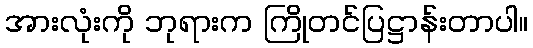
အားလုံးကို ဘုရားက ကြိုတင်ပြဋ္ဌာန်းတာပါ။